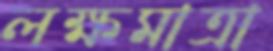
লক্ষমাত্রা